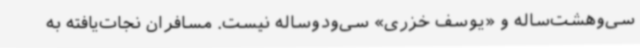
سی‌وهشت‌ساله و «یوسف خزری» سی‌ودوساله نیست. مسافران نجات‌یافته به